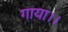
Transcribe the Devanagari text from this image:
गाया।।